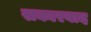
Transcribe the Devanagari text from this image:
सकारवाद